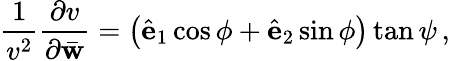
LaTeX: \frac{1}{v^{2}}\frac{\partial v}{\partial\bar{\mathbf w}}=\left(\hat{\mathbf e}_{1}\cos\phi+\hat{\mathbf e}_{2}\sin\phi\right)\tan\psi\, ,